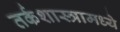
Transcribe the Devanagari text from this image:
तर्कशास्त्रामध्ये